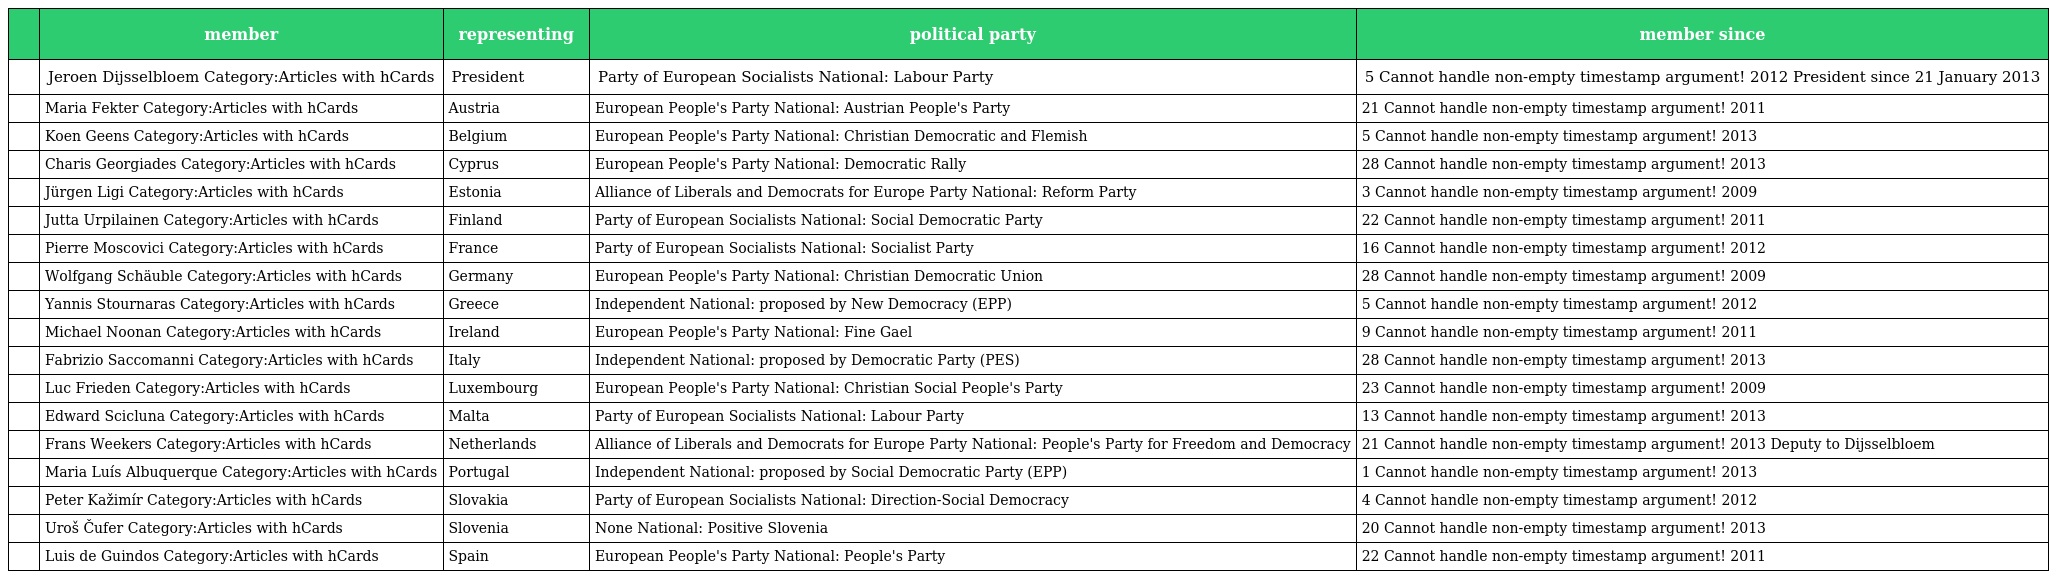
|  | member | representing | political party | member since |
 | --- | --- | --- | --- | --- |
 |  | Jeroen Dijsselbloem Category:Articles with hCards | President | Party of European Socialists National: Labour Party | 5 Cannot handle non-empty timestamp argument! 2012 President since 21 January 2013 |
 |  | Maria Fekter Category:Articles with hCards | Austria | European People's Party National: Austrian People's Party | 21 Cannot handle non-empty timestamp argument! 2011 |
 |  | Koen Geens Category:Articles with hCards | Belgium | European People's Party National: Christian Democratic and Flemish | 5 Cannot handle non-empty timestamp argument! 2013 |
 |  | Charis Georgiades Category:Articles with hCards | Cyprus | European People's Party National: Democratic Rally | 28 Cannot handle non-empty timestamp argument! 2013 |
 |  | Jürgen Ligi Category:Articles with hCards | Estonia | Alliance of Liberals and Democrats for Europe Party National: Reform Party | 3 Cannot handle non-empty timestamp argument! 2009 |
 |  | Jutta Urpilainen Category:Articles with hCards | Finland | Party of European Socialists National: Social Democratic Party | 22 Cannot handle non-empty timestamp argument! 2011 |
 |  | Pierre Moscovici Category:Articles with hCards | France | Party of European Socialists National: Socialist Party | 16 Cannot handle non-empty timestamp argument! 2012 |
 |  | Wolfgang Schäuble Category:Articles with hCards | Germany | European People's Party National: Christian Democratic Union | 28 Cannot handle non-empty timestamp argument! 2009 |
 |  | Yannis Stournaras Category:Articles with hCards | Greece | Independent National: proposed by New Democracy (EPP) | 5 Cannot handle non-empty timestamp argument! 2012 |
 |  | Michael Noonan Category:Articles with hCards | Ireland | European People's Party National: Fine Gael | 9 Cannot handle non-empty timestamp argument! 2011 |
 |  | Fabrizio Saccomanni Category:Articles with hCards | Italy | Independent National: proposed by Democratic Party (PES) | 28 Cannot handle non-empty timestamp argument! 2013 |
 |  | Luc Frieden Category:Articles with hCards | Luxembourg | European People's Party National: Christian Social People's Party | 23 Cannot handle non-empty timestamp argument! 2009 |
 |  | Edward Scicluna Category:Articles with hCards | Malta | Party of European Socialists National: Labour Party | 13 Cannot handle non-empty timestamp argument! 2013 |
 |  | Frans Weekers Category:Articles with hCards | Netherlands | Alliance of Liberals and Democrats for Europe Party National: People's Party for Freedom and Democracy | 21 Cannot handle non-empty timestamp argument! 2013 Deputy to Dijsselbloem |
 |  | Maria Luís Albuquerque Category:Articles with hCards | Portugal | Independent National: proposed by Social Democratic Party (EPP) | 1 Cannot handle non-empty timestamp argument! 2013 |
 |  | Peter Kažimír Category:Articles with hCards | Slovakia | Party of European Socialists National: Direction-Social Democracy | 4 Cannot handle non-empty timestamp argument! 2012 |
 |  | Uroš Čufer Category:Articles with hCards | Slovenia | None National: Positive Slovenia | 20 Cannot handle non-empty timestamp argument! 2013 |
 |  | Luis de Guindos Category:Articles with hCards | Spain | European People's Party National: People's Party | 22 Cannot handle non-empty timestamp argument! 2011 |